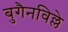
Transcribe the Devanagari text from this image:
बुगैनविल्ले